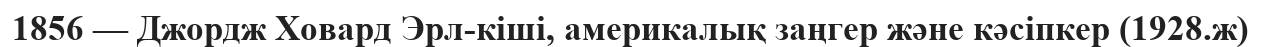
1856 — Джордж Ховард Эрл-кіші, америкалық заңгер және кәсіпкер (1928.ж)